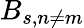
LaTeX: B_{s,n\not=m}